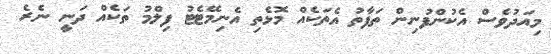
މިއަދުވެސް އެކުންފުނިން ތަފާތު އެތަކެއް މޮޅެތި އެނިމޭޓެޓު ފިލްމު ތަކެއް ދަނީ ނެރެ